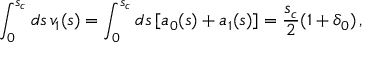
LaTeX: \int _ { 0 } ^ { s _ { c } } d s \, v _ { 1 } ( s ) = \int _ { 0 } ^ { s _ { c } } d s \, [ a _ { 0 } ( s ) + a _ { 1 } ( s ) ] = \frac { s _ { c } } { 2 } ( 1 + \delta _ { 0 } ) \, ,